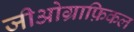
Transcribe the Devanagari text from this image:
जीओग्राफ़िकल